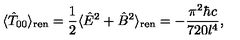
\langle { \hat { T } } _ { 0 0 } \rangle _ { \mathrm { r e n } } = { \frac { 1 } { 2 } } \langle { \hat { E } } ^ { 2 } + { \hat { B } } ^ { 2 } \rangle _ { \mathrm { r e n } } = - { \frac { \pi ^ { 2 } \hbar c } { 7 2 0 l ^ { 4 } } } ,